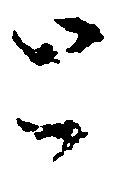
と